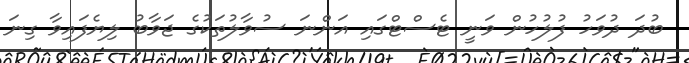
ބުދަ ދުވަހު ފުލުހުން ވަނީ ޓެސްޓްގައި އަންނަ ސުވާލުތަކުގެ ޖަވާބު ލިޔެފައިވާ ގިނަ